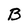
Character: B